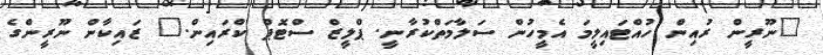
"ނޫރީން ރުުއިން ހުއްޓައިލީމަ އެމީހުން ސަލާމަތްކުރާނީ. ޕްލީޒް ސްޓޮޕް ކްރައިން." ޒައިކާން ނޫރީންގެ